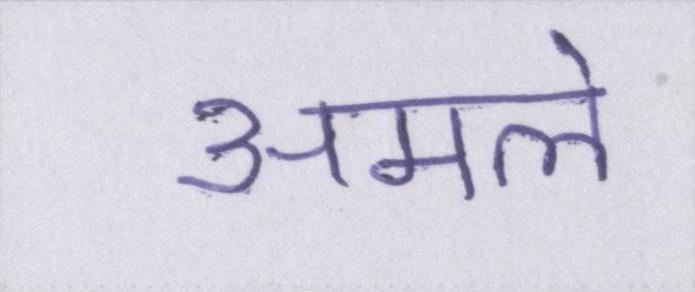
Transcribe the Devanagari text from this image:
अमले